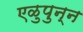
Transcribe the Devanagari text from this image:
एळुपुन्न